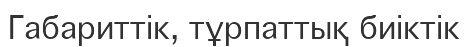
Габариттік, тұрпаттық биіктік